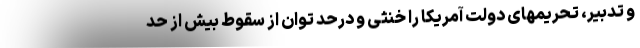
و تدبیر، تحریمهای دولت آمریکا را خنثی و درحد توان از سقوط بیش از حد